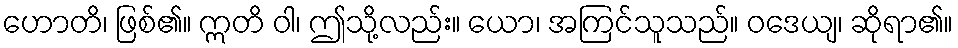
ဟောတိ၊ ဖြစ်၏။ ဣတိ ဝါ၊ ဤသို့လည်း။ ယော၊ အကြင်သူသည်။ ဝဒေယျ၊ ဆိုရာ၏။